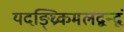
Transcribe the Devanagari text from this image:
यदङ्घ्रिकमलद्वन्द्वं